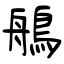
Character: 鵃